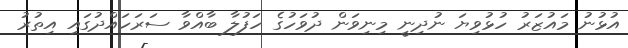
އުޅުނު މައުޒަރު ހުޅުވިޔަ ނުދިނީ މިނިވަން ދުވަހުގެ ހަފުލާ ބާއްވާ ސަރަހައްދުގައި އިތުރު